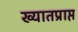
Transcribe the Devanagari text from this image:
ख्यातप्राप्त